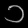
Digit: ၁